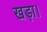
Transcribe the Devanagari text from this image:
खड़ा।